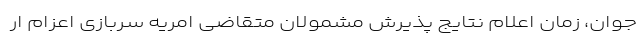
جوان، زمان اعلام نتایج پذیرش مشمولان متقاضی امریه سربازی اعزام ار